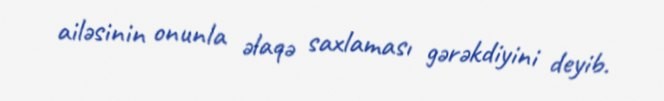
ailəsinin onunla əlaqə saxlaması gərəkdiyini deyib.